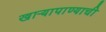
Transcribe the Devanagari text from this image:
खाऱ्यापाण्याची